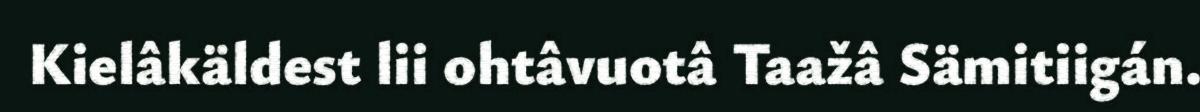
Kielâkäldest lii ohtâvuotâ Taažâ Sämitiigán.